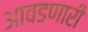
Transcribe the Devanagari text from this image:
आवडणारी